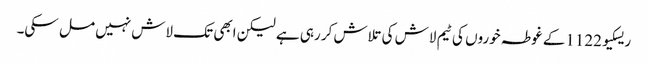
ریسکیو1122کے غوطہ خوروں کی ٹیم لاش کی تلاش کر رہی ہے لیکن ابھی تک لاش نہیں مل سکی۔